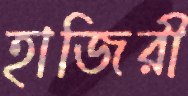
হাজিরী